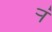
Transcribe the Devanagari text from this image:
र्‍ां